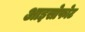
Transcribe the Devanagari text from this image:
आइसोफोट